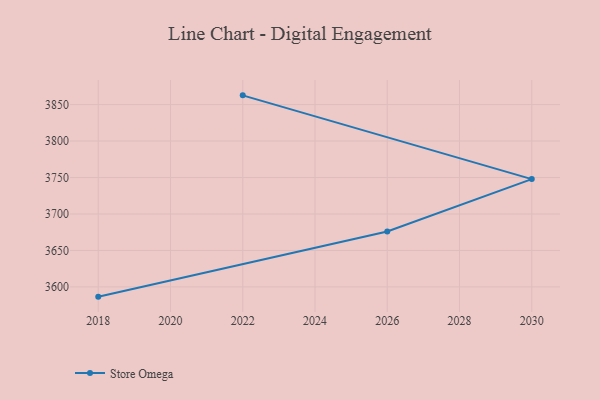
{"axis": {"x": "Year", "y": "Churn Rate (%)"}, "legend": ["Store Omega"], "data": [{"x": "2018", "y": 3586.6, "type": "Store Omega"}, {"x": "2026", "y": 3675.9, "type": "Store Omega"}, {"x": "2030", "y": 3747.8, "type": "Store Omega"}, {"x": "2022", "y": 3862.7, "type": "Store Omega"}]}